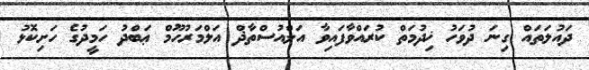
ދައުލަތައް ގިނަ ދުވަހު ޚިދުމަތް ކުރައްވާފައިވާ އަލްއުސްތާޛް އަލްމަރުހޫމް ޢަބްދު ހަމީދުގެ ހަށިކޮޅު